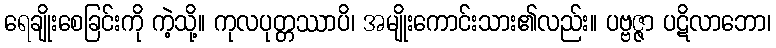
ရေချိုးစေခြင်းကို ကဲ့သို့။ ကုလပုတ္တဿာပိ၊ အမျိုးကောင်းသား၏လည်း။ ပဗ္ဗဇ္ဇာ ပဋိလာဘော၊